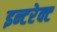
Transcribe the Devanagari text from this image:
इन्टरेक्ट